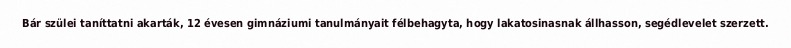
Bár szülei taníttatni akarták, 12 évesen gimnáziumi tanulmányait félbehagyta, hogy lakatosinasnak állhasson, segédlevelet szerzett.